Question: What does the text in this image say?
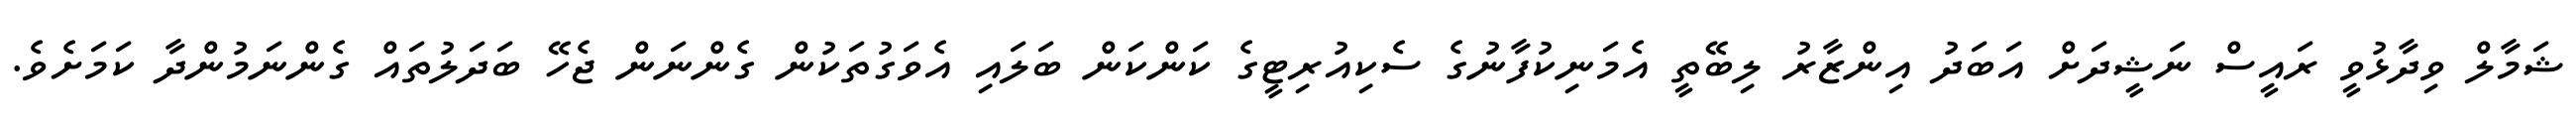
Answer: ޝަމާލް ވިދާޅުވީ ރައީސް ނަޝީދަށް އަބަދު އިންޒާރު ލިބޭތީ އެމަނިކުފާނުގެ ސެކިއުރިޓީގެ ކަންކަން ބަލައި އެވަގުތަކުން ގެންނަން ޖެހޭ ބަދަލުތައް ގެންނަމުންދާ ކަމަށެވެ.